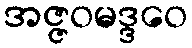
အဇ္ဇဝမဒ္ဒဝေ